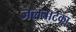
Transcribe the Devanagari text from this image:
जलत्राटका